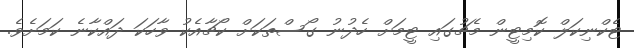
ޓެކްނިކަލް ކޮމިޓީން މެޗުގައި ޓީމަށް ހެދުނު ގޯސްތަކަށް ކޯޗާއެކު ވާހަކަ ދައްކާނެ ކަމަށެވެ.